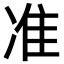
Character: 准